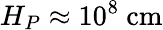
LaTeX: H_{P}\approx 10^{8}\ \mathrm{cm}